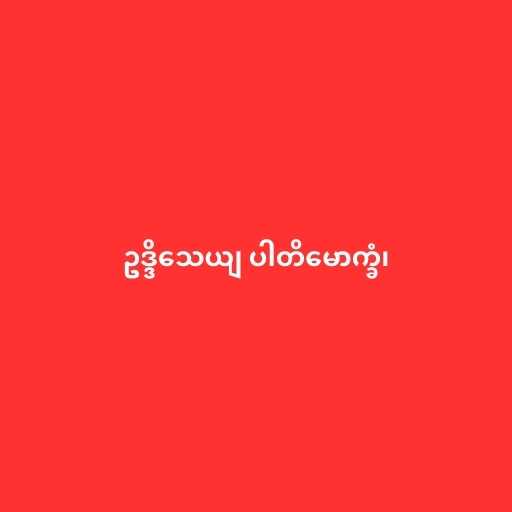
ဥဒ္ဒိသေယျ ပါတိမောက္ခံ၊